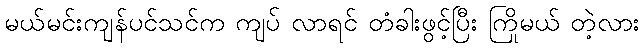
မယ်မင်းကျန်ပင်သင်က ကျပ် လာရင် တံခါးဖွင့်ပြီး ကြိုမယ် တဲ့လား